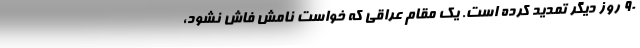
۹۰ روز دیگر تمدید کرده است. یک مقام عراقی که خواست نامش فاش نشود،